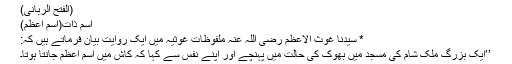
(الفتح الربانی)
اسمِ ذات(اسمِ اعظم)
* سیّدنا غوث الاعظم رضی اللہ عنہٗ ملفوظاتِ غوثیہ میں ایک روایت بیان فرماتے ہیں کہ:
’’ایک بزرگ ملک شام کی مسجد میں بھوک کی حالت میں پہنچے اور اپنے نفس سے کہا کہ کاش میں اسمِ اعظم جانتا ہوتا۔